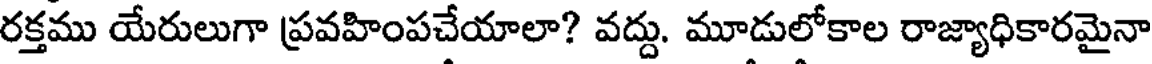
రక్తము యేరులుగా ప్రవహింపచేయాలా? వద్దు. మూడులోకాల రాజ్యాధికారమైనా